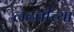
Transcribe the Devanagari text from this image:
लढतीच्या